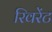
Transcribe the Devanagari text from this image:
रिवरेंट